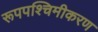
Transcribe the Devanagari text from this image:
रूपपश्चिमीकरण